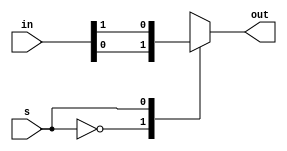
module four_to_one_des(out, in, s);

input [3:0] in;
input s;

output reg out;

always @(*)
begin
	case(s)
	
		2'b00 : out = in[0];
		2'b01 : out = in[1];
		2'b10 : out = in[2];
		2'b11 : out = in[3];
	endcase
end
	endmodule